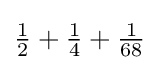
{\tfrac {1}{2}}+{\tfrac {1}{4}}+{\tfrac {1}{68}}